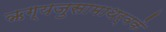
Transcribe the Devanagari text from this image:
ऋग्यजुसामाथर्वके